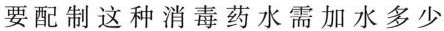
要配制这种消毒药水需加水多少